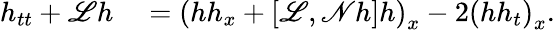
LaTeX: \begin{array}{rl}{h_{tt}+\mathscr{L}h}&{{}=\left(hh_{x}+\left[\mathscr{L},\mathscr{N}h\right]h\right)_{x}-2\left(hh_{t}\right)_{x}.}\end{array}